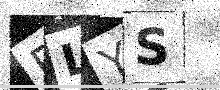
Text: RLYS